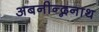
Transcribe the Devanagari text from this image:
अबनीन्द्ननाथ